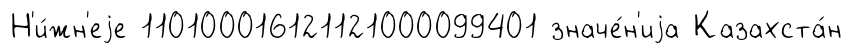
Н'и́жн'еjе 110100016121121000099401 значе́н'иjа Казахста́н